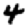
Digit: 4